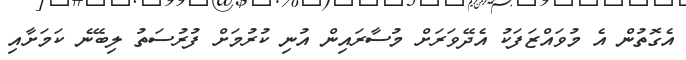
އެގޮތުން އެ މުވައްޒަފަކު އެދޭވަރަށް މުސާރައިން އުނި ކުރުމަށް ފުރުސަތު ލިބޭނެ ކަމަށާއި